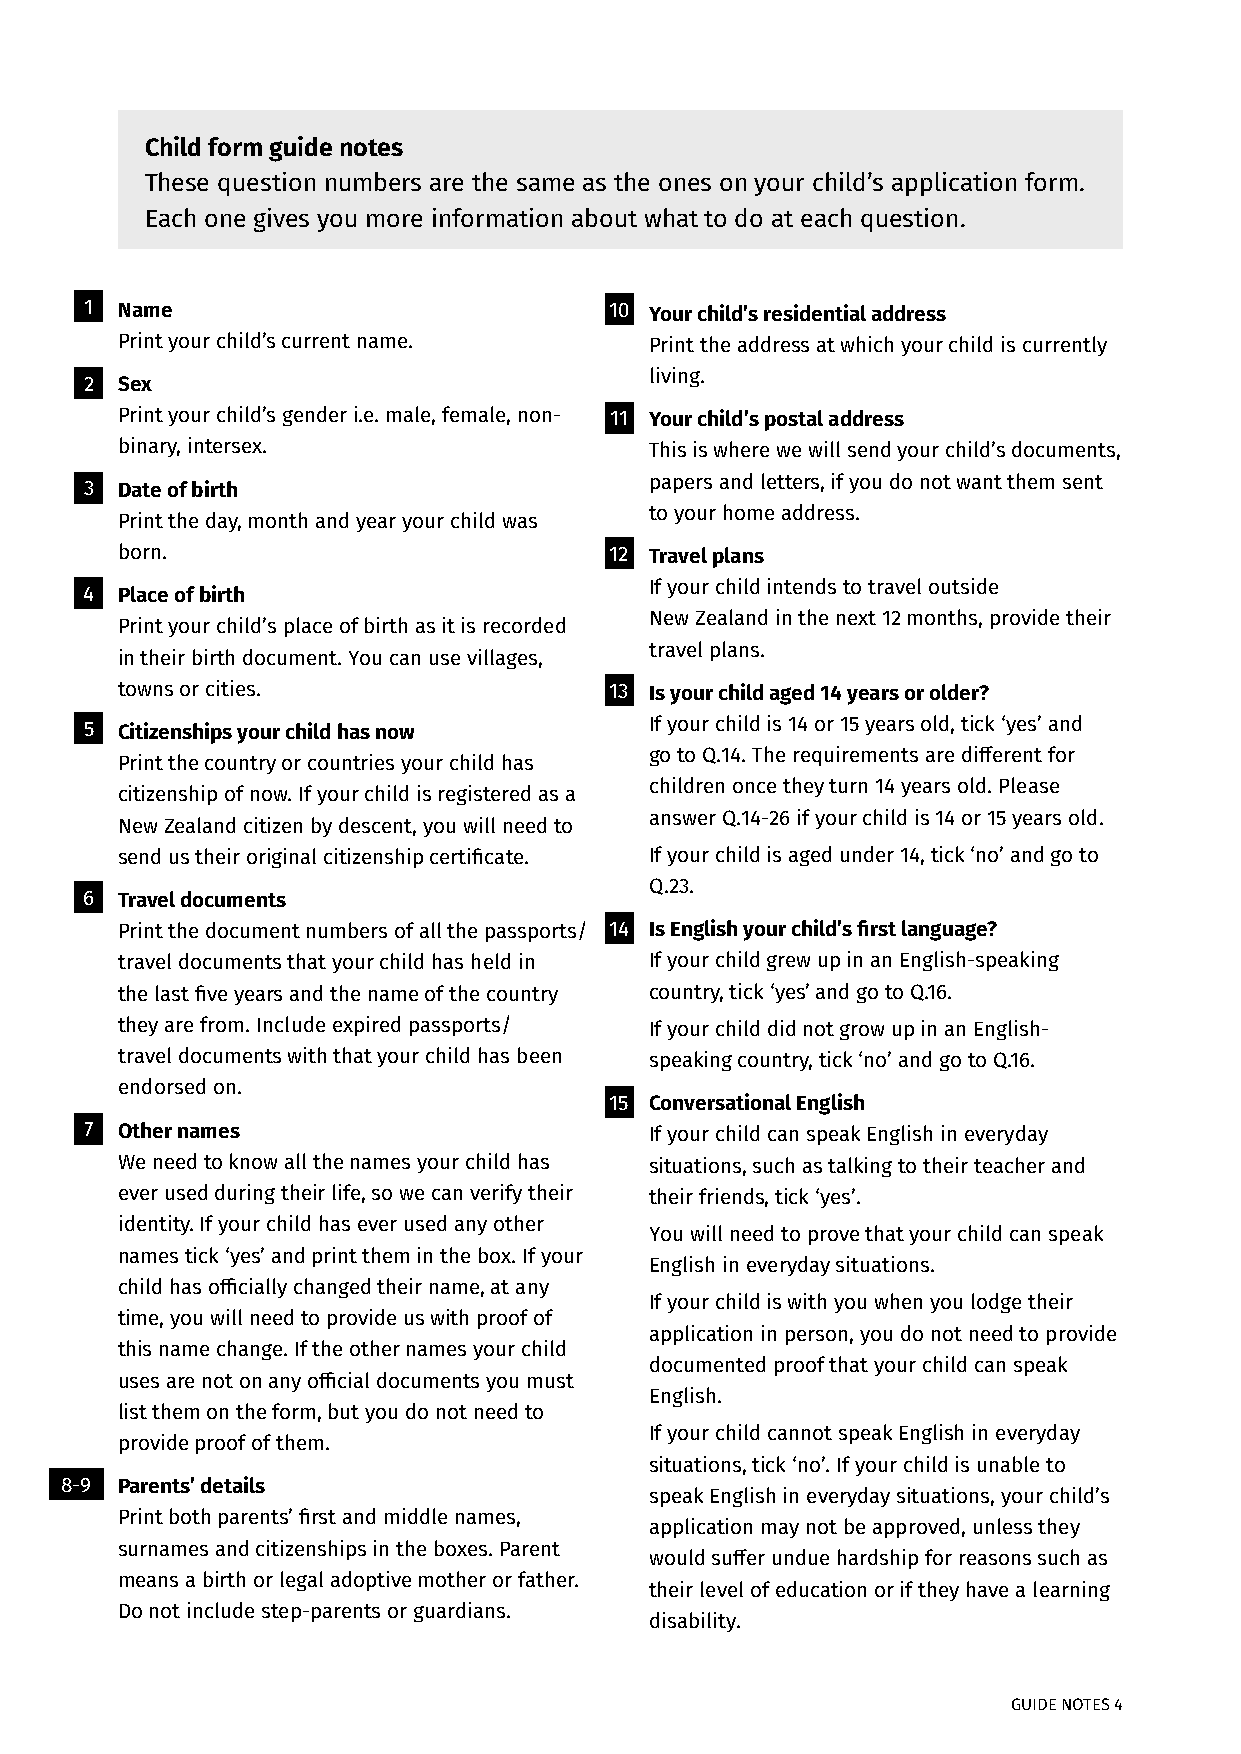
Child form guide notes
 These question numbers are the same as the ones on your child’s application form.
 Each one gives you more information about what to do at each question.
 1 Name                            10 Your child’s residential address
 Print your child’s current name.   Print the address at which your child is currently
 living.
 2 Sex
 Print your child’s gender i.e. male, female, non- 11 Your child’s postal address
 binary, intersex.                  This is where we will send your child’s documents,
 papers and letters, if you do not want them sent
 3 Date of birth
 to your home address.
 Print the day, month and year your child was
 born.                           12 Travel plans
 If your child intends to travel outside
 4 Place of birth
 New Zealand in the next 12 months, provide their
 Print your child’s place of birth as it is recorded
 travel plans.
 in their birth document. You can use villages,
 towns or cities.                13 Is your child aged 14 years or older?
 5 Citizenships your child has now    If your child is 14 or 15 years old, tick ‘yes’ and
 go to Q.14. The requirements are different for
 Print the country or countries your child has
 children once they turn 14 years old. Please
 citizenship of now. If your child is registered as a
 answer Q.14-26 if your child is 14 or 15 years old.
 New Zealand citizen by descent, you will need to
 send us their original citizenship certificate. If your child is aged under 14, tick ‘no’ and go to
 Q.23.
 6 Travel documents
 Print the document numbers of all the passports/ 14 Is English your child’s first language?
 travel documents that your child has held in If your child grew up in an English-speaking
 the last five years and the name of the country country, tick ‘yes’ and go to Q.16.
 they are from. Include expired passports/ If your child did not grow up in an English-
 travel documents with that your child has been speaking country, tick ‘no’ and go to Q.16.
 endorsed on.
 15 Conversational English
 7 Other names                        If your child can speak English in everyday
 We need to know all the names your child has situations, such as talking to their teacher and
 ever used during their life, so we can verify their their friends, tick ‘yes’.
 identity. If your child has ever used any other
 You will need to prove that your child can speak
 names tick ‘yes’ and print them in the box. If your
 English in everyday situations.
 child has officially changed their name, at any
 If your child is with you when you lodge their
 time, you will need to provide us with proof of
 application in person, you do not need to provide
 this name change. If the other names your child
 documented proof that your child can speak
 uses are not on any official documents you must
 English.
 list them on the form, but you do not need to
 If your child cannot speak English in everyday
 provide proof of them.
 situations, tick ‘no’. If your child is unable to
 8-9 Parents’ details
 speak English in everyday situations, your child’s
 Print both parents’ first and middle names,
 application may not be approved, unless they
 surnames and citizenships in the boxes. Parent
 would suffer undue hardship for reasons such as
 means a birth or legal adoptive mother or father.
 their level of education or if they have a learning
 Do not include step-parents or guardians.
 disability.
 GUIDE NOTES 4